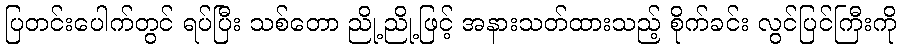
ပြတင်းပေါက်တွင် ရပ်ပြီး သစ်တော ညို့ညို့ဖြင့် အနားသတ်ထားသည့် စိုက်ခင်း လွင်ပြင်ကြီးကို